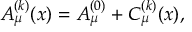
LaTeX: A _ { \mu } ^ { ( k ) } ( x ) = A _ { \mu } ^ { ( 0 ) } + C _ { \mu } ^ { ( k ) } ( x ) ,